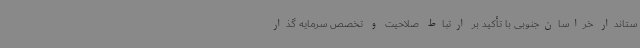
ستاندار خراسان‌جنوبی با تأکید بر ارتباط صلاحیت و تخصص سرمایه گذار